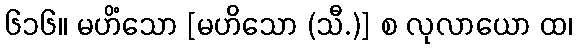
၆၁၆။ မဟိံသော [မဟိသော (သီ.)] စ လုလာယော ထ၊